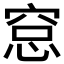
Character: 𥦗